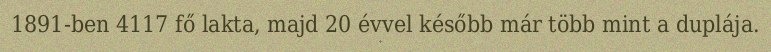
1891-ben 4117 fő lakta, majd 20 évvel később már több mint a duplája.